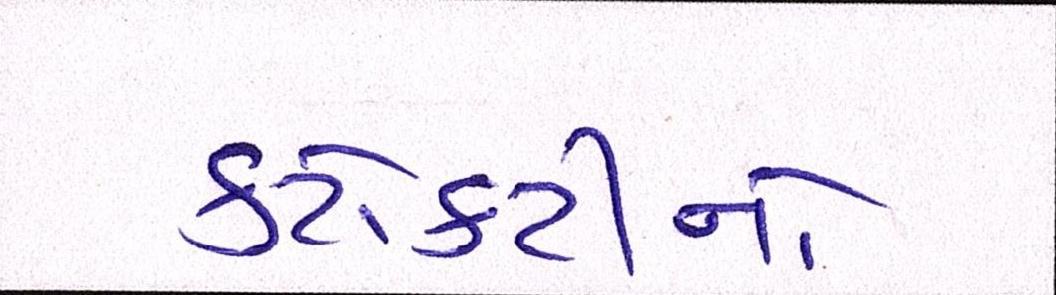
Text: કટોકટીનો